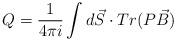
LaTeX: \begin{align*}Q=\frac{1}{4\pi i}\int d\vec{S}\cdot Tr(P\vec{B})\end{align*}